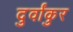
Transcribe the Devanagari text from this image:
दुर्वांकुर